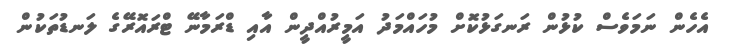
އެހެން ނަމަވެސް ކުޅުން ރަނގަޅުކޮށް މުހައްމަދު އަމީރުއްދީން އާއި ޑްރަމާނޭ ޓްރައޮރޭގެ ލަނޑުތަކުން